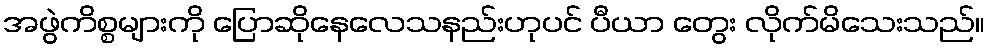
အဖွဲကိစ္စများကို ပြောဆိုနေလေသနည်းဟုပင် ပီယာ တွေး လိုက်မိသေးသည်။